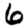
Digit: 6